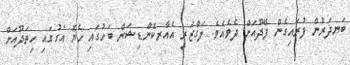
ބަނދަރުން ފުރައިގެން ފޭދޫއަށް ދެވެއެވެ. ލަގްޒަރީ އެއާރކޮންޑިޝަން ބަހުގައި ހެޔޮ އަގުގައި ހިތަދޫއަށް